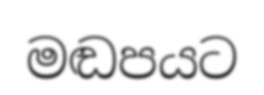
මඬපයට